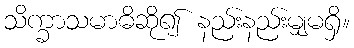
သိက္ခာသမာဓိဆို၍ နည်းနည်းမျှမရှိ။